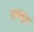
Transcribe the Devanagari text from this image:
एम्ब्यूस